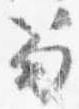
笏